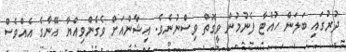
ދުރުގައި ބަލަން ހުއްޓާ ފެނުމުން ވީގޮތް ވިސްނުނެވެ. އިޝާންއަށް ވެގެންވިއްޔާ އޭނާގެ އެއްވެސް